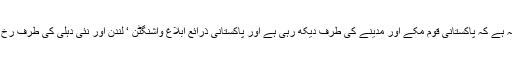
اس کی صورت یہ ہے کہ پاکستانی قوم مکے اور مدینے کی طرف دیکھ رہی ہے اور پاکستانی ذرائع ابلاغ واشنگٹن ‘ لندن اور نئی دہلی کی طرف رخ کیے کھڑے ہیں۔